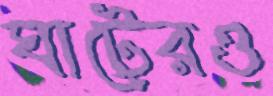
ঘাটেরও